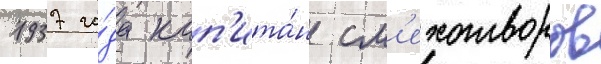
1937 го́да кап'ита́н см'ехотворов